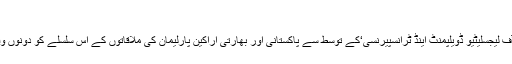
‘‘
غیر سرکاری تنظیم ’پاکستان انسٹیٹیوٹ آف لیجسلیٹیو ڈویلپمنٹ اینڈ ٹرانسپیرنسی‘کے توسط سے پاکستانی اور بھارتی اراکین پارلیمان کی ملاقاتوں کے اس سلسلے کو دونوں وفود بہت مفید کوشش قرار دے رہے ہیں۔